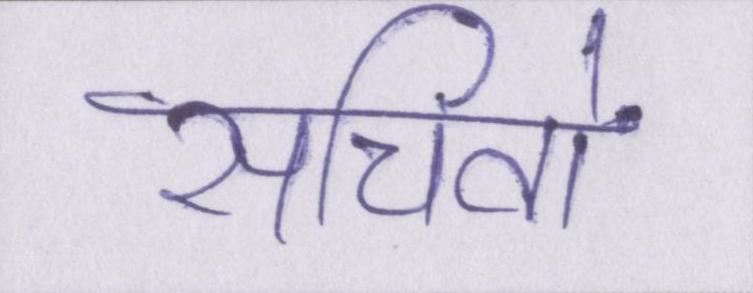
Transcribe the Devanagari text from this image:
सचिवों